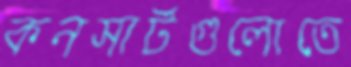
কনসার্টগুলোতে